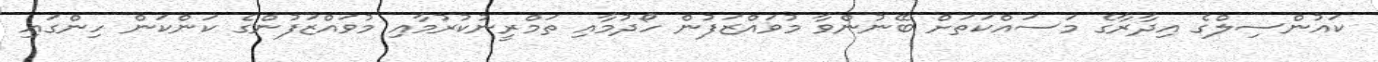
ކައުންސިލްގެ އިދާރާގެ މަސައްކަތަށް ބޭނުންވާ މުވައްޒަފުން ހޯދުމާއި ތަމްރީނުކުރުމާއި މުވައްޒަފުންގެ ކަންކަން ހިންގައި